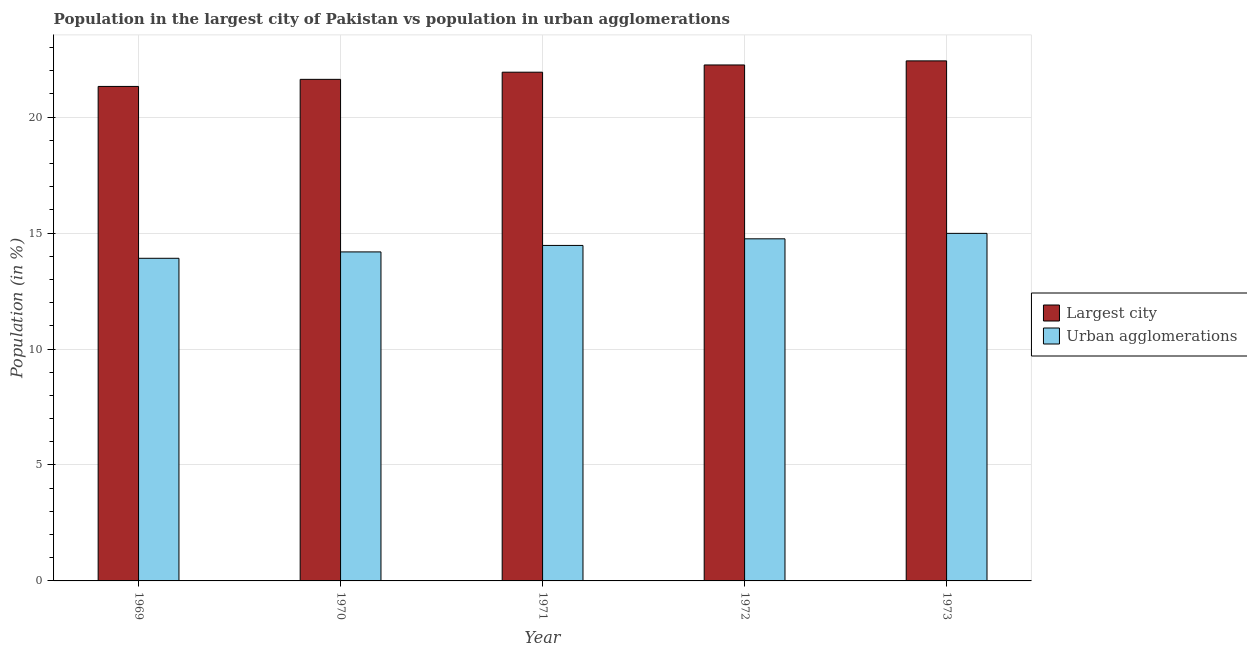
| Year | Largest city | Urban agglomerations |
 | --- | --- | --- |
 | 1969 | 21.3 | 13.9 |
 | 1970 | 21.6 | 14.2 |
 | 1971 | 21.9 | 14.5 |
 | 1972 | 22.3 | 14.8 |
 | 1973 | 22.4 | 15 |